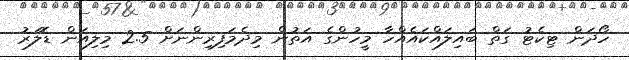
ހޯދަން ޓިކެޓު ގަތް ބައިލައްކައެއްހާ މީހުންގެ އަތުން މިދެމަފިރިންނަށް 2.5 މިލިއަން ޑޮލަރު